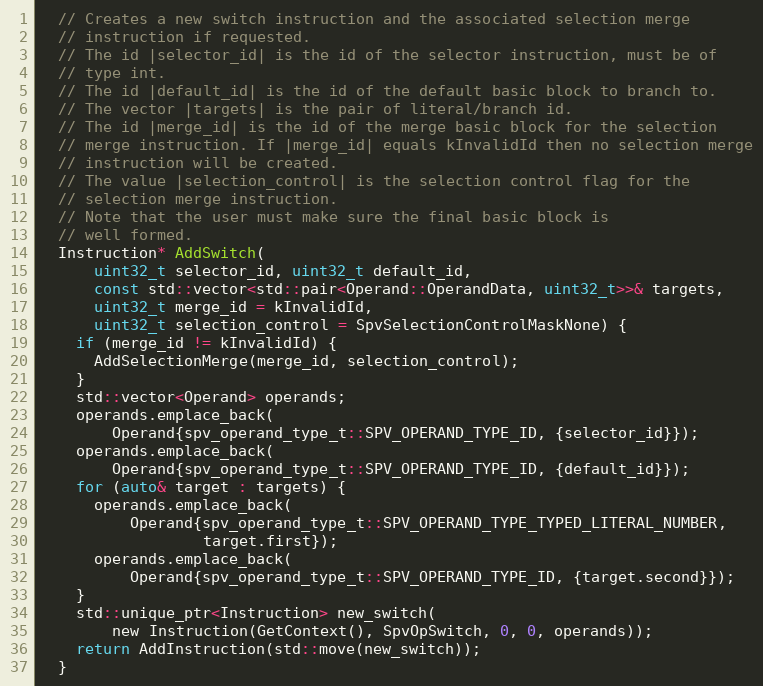
Language: C
  // Creates a new switch instruction and the associated selection merge
  // instruction if requested.
  // The id |selector_id| is the id of the selector instruction, must be of
  // type int.
  // The id |default_id| is the id of the default basic block to branch to.
  // The vector |targets| is the pair of literal/branch id.
  // The id |merge_id| is the id of the merge basic block for the selection
  // merge instruction. If |merge_id| equals kInvalidId then no selection merge
  // instruction will be created.
  // The value |selection_control| is the selection control flag for the
  // selection merge instruction.
  // Note that the user must make sure the final basic block is
  // well formed.
  Instruction* AddSwitch(
      uint32_t selector_id, uint32_t default_id,
      const std::vector<std::pair<Operand::OperandData, uint32_t>>& targets,
      uint32_t merge_id = kInvalidId,
      uint32_t selection_control = SpvSelectionControlMaskNone) {
    if (merge_id != kInvalidId) {
      AddSelectionMerge(merge_id, selection_control);
    }
    std::vector<Operand> operands;
    operands.emplace_back(
        Operand{spv_operand_type_t::SPV_OPERAND_TYPE_ID, {selector_id}});
    operands.emplace_back(
        Operand{spv_operand_type_t::SPV_OPERAND_TYPE_ID, {default_id}});
    for (auto& target : targets) {
      operands.emplace_back(
          Operand{spv_operand_type_t::SPV_OPERAND_TYPE_TYPED_LITERAL_NUMBER,
                  target.first});
      operands.emplace_back(
          Operand{spv_operand_type_t::SPV_OPERAND_TYPE_ID, {target.second}});
    }
    std::unique_ptr<Instruction> new_switch(
        new Instruction(GetContext(), SpvOpSwitch, 0, 0, operands));
    return AddInstruction(std::move(new_switch));
  }